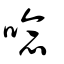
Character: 唸